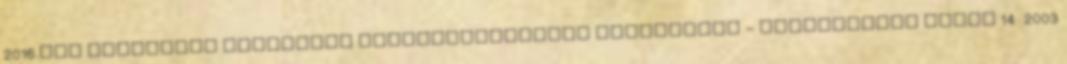
2016.évi nagycenki Jelmezbál megszervezésének támogatása - Telekadóról szóló 14 2003